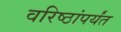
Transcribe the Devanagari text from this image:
वरिष्ठांपर्यंत